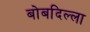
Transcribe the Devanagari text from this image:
बोबदिल्ला